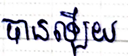
បានឡើយ